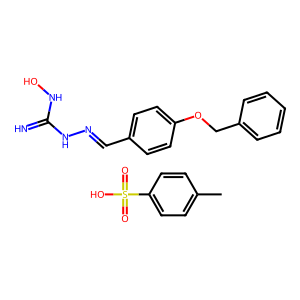
SMILES: Cc1ccc(S(=O)(=O)O)cc1.N=C(NO)NN=Cc1ccc(OCc2ccccc2)cc1
Inhibits HIV replication: No